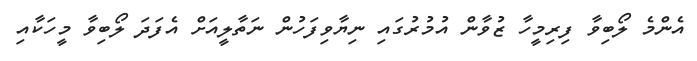
އެންމެ ލޯބިވާ ފިރިމީހާ ޒުވާން އުމުރުގައި ނިޔާވިފަހުން ނަތާލީއަށް އެފަދަ ލޯބިވާ މީހަކާއި